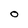
Character: O